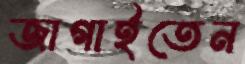
জাগাইতেন